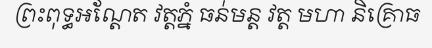
ព្រះពុទ្ធអណ្តែត វត្តភ្នំ ធន់មន្ត វត្ត មហា និគ្រោធ